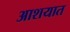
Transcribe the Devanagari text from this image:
आशयात